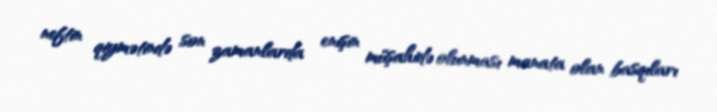
neftin qiymətində son zamanlarda enişin müşahidə olunması manata olan basqıları